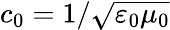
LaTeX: c_{0}=1/{\sqrt{\varepsilon_{0}\mu_{0}}}